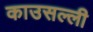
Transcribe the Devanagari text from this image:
काउसल्ली